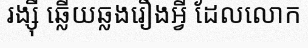
រង្ស៊ី ឆ្លើយឆ្លងរឿងអ្វី ដែលលោក